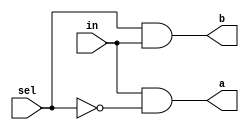
/* mdulo DMux */

`ifndef _DMux_
`define _DMux_

module DMux(a, b, in, sel);
    input in, sel;
    wire  not_sel;
    output a, b;

    not not0(not_sel, sel);
    and and0(a, in, not_sel);
    and and1(b, sel, in);
endmodule

/* mdulo DMux4Way */

`ifndef _DMux4WAY_
`define _DMux4WAY_

module DMux4Way(a , b , c, d, in, sel);
    input in;
    input [1:0] sel;
    wire DMux0AB, DMux0CD;
    output a, b, c, d;

    DMux DMux_module0(DMux0AB, DMux0CD, in, sel[1]);
    DMux DMux_moduleOutAB(a, b, DMux0AB, sel[0]);
    DMux DMux_moduleOutCD(c, d, DMux0CD, sel[0]);
endmodule

`endif

`endif
/* mdulo DMux8Way */

`ifndef _DMux8Way_
`define _DMux8Way_

module DMux8Way(a, b, c, d, e ,f ,g ,h, in, sel);
    input in;
    input [2:0] sel;
    wire DMux0AB, DMux0CD;
    output a, b, c, d, e, f, g, h;

    DMux DMux_module0(DMux0AB, DMux0CD, in, sel[2]);
    DMux4Way DMux4Way_moduleABCD(a, b, c, d, DMux0AB, sel[1:0]);
    DMux4Way DMux4Way_moduleEFGH(e, f, g, h, DMux0CD, sel[1:0]);

endmodule

`endif